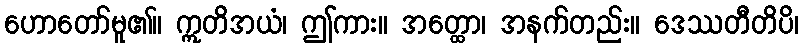
ဟောတော်မူ၏။ ဣတိအယံ၊ ဤကား။ အတ္ထော၊ အနက်တည်း။ ဒေဿတီတိပိ၊